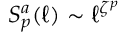
S _ { p } ^ { a } ( \ell ) \sim \ell ^ { \zeta ^ { p } }